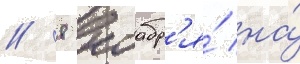
// 8 ноабр'я́ на́